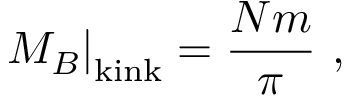
\left. M _ { B } \right| _ { \mathrm { k i n k } } = \frac { N m } { \pi } \ ,